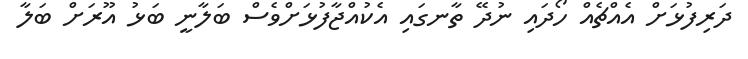
ދަރިފުޅަށް އެއްޗެއް ހޯދައި ނުދޭ ތާނގައި އެކުއްޖާފުޅަށްވެސް ބަލާނީ ބަޅު އޫރަށް ބަލާ